342_HS1-416511228_319.1 Flying Discs 1949
Agency: Department of War
Incident date: 1/9/50
Page 112
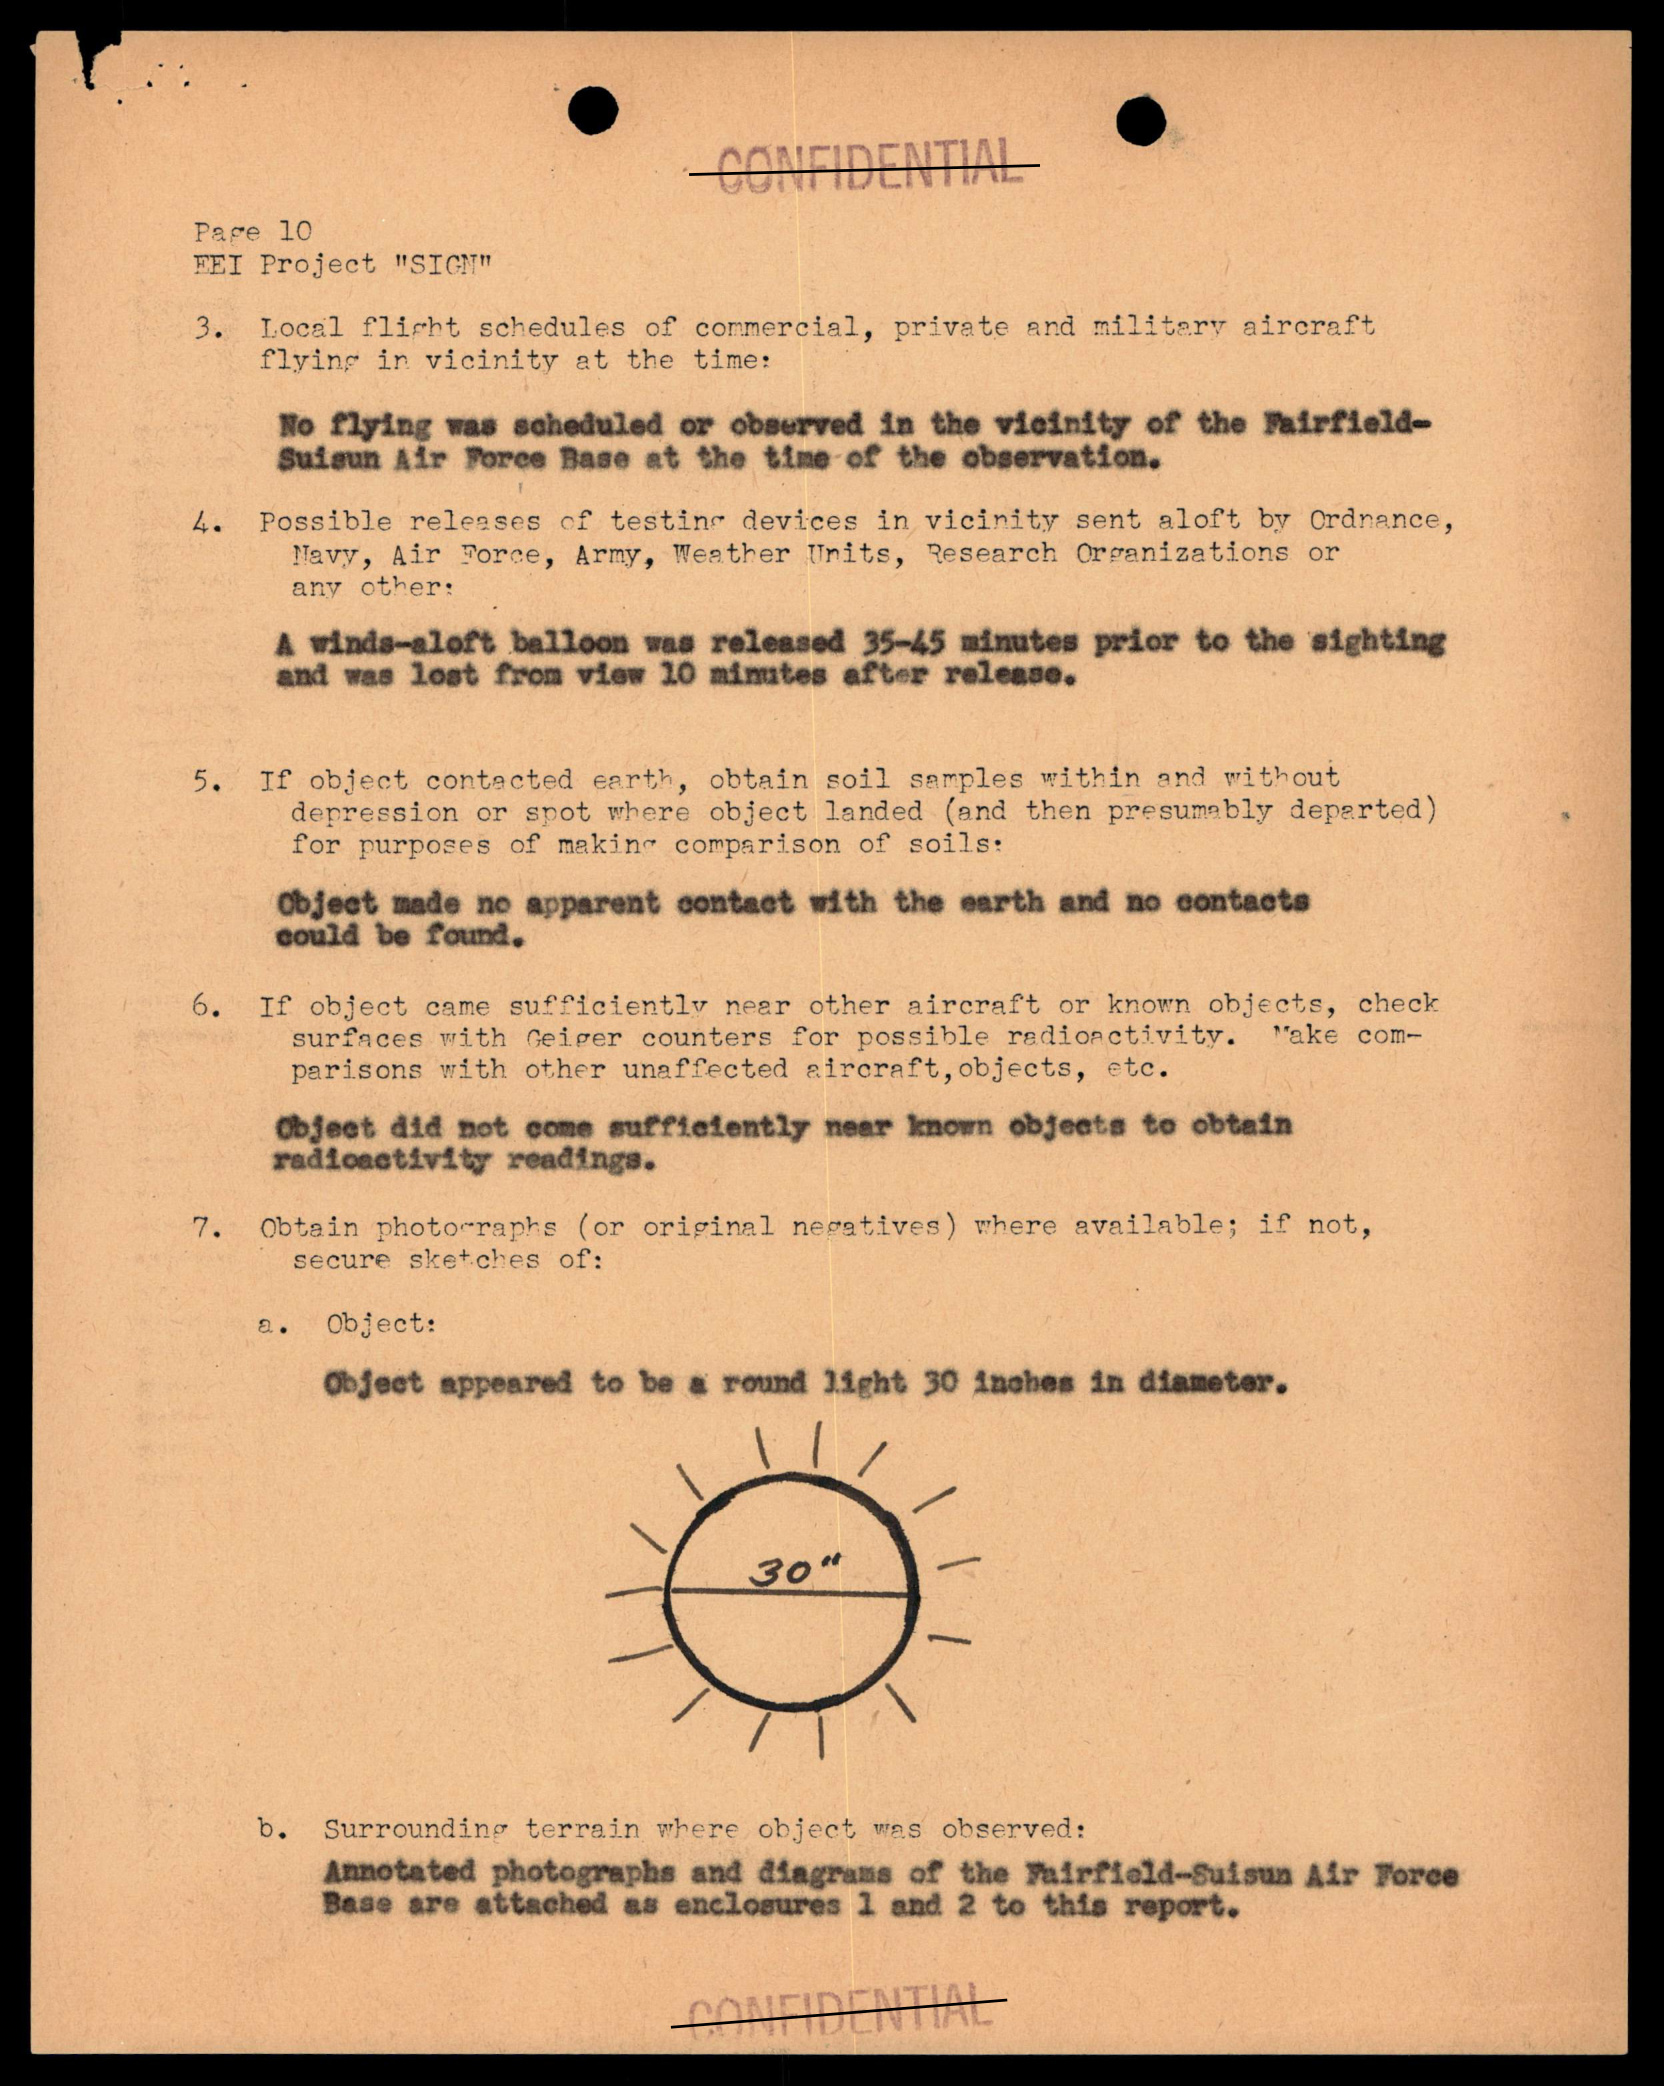